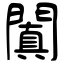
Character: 闐